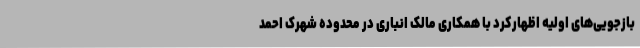
بازجویی‌های اولیه اظهارکرد با همکاری مالک انباری در محدوده شهرک احمد